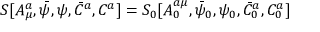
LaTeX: S [ A _ { \mu } ^ { a } , \bar { \psi } , \psi , \bar { C } ^ { a } , C ^ { a } ] = S _ { 0 } [ A _ { 0 } ^ { a \mu } , \bar { \psi } _ { 0 } , \psi _ { 0 } , \bar { C } _ { 0 } ^ { a } , C _ { 0 } ^ { a } ]